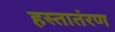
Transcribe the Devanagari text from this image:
हस्तातंरण